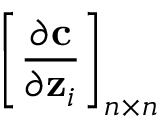
\bigg [ \frac { \partial \mathbf { c } } { \partial \mathbf { z } _ { i } } \bigg ] _ { n \times n }